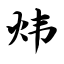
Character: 炜